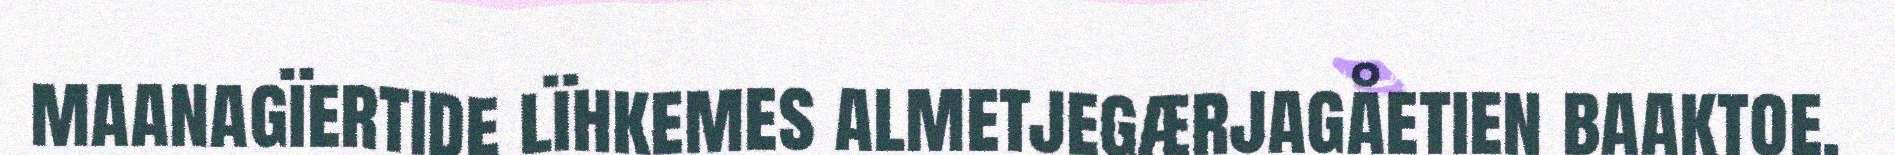
maanagïertide lïhkemes almetjegærjagåetien baaktoe.